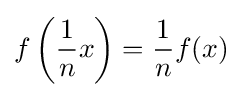
f\left({\frac {1}{n}}x\right)={\frac {1}{n}}f(x)